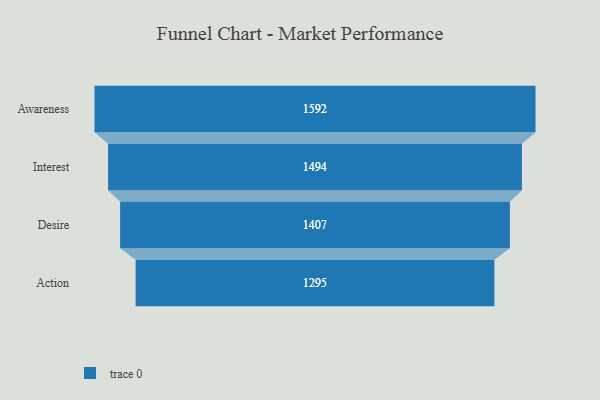
{"axis": {"x": "Stage", "y": "Value"}, "legend": [""], "data": [{"x": "Awareness", "y": 1592.0, "type": ""}, {"x": "Interest", "y": 1494.0, "type": ""}, {"x": "Desire", "y": 1407.0, "type": ""}, {"x": "Action", "y": 1295.0, "type": ""}]}